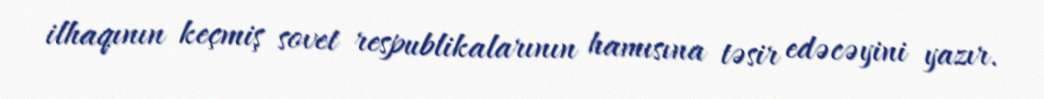
ilhaqının keçmiş sovet respublikalarının hamısına təsir edəcəyini yazır.